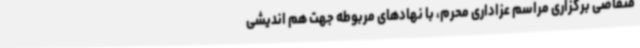
متقاضی برگزاری مراسم عزاداری محرم، با نهادهای مربوطه جهت هم اندیشی